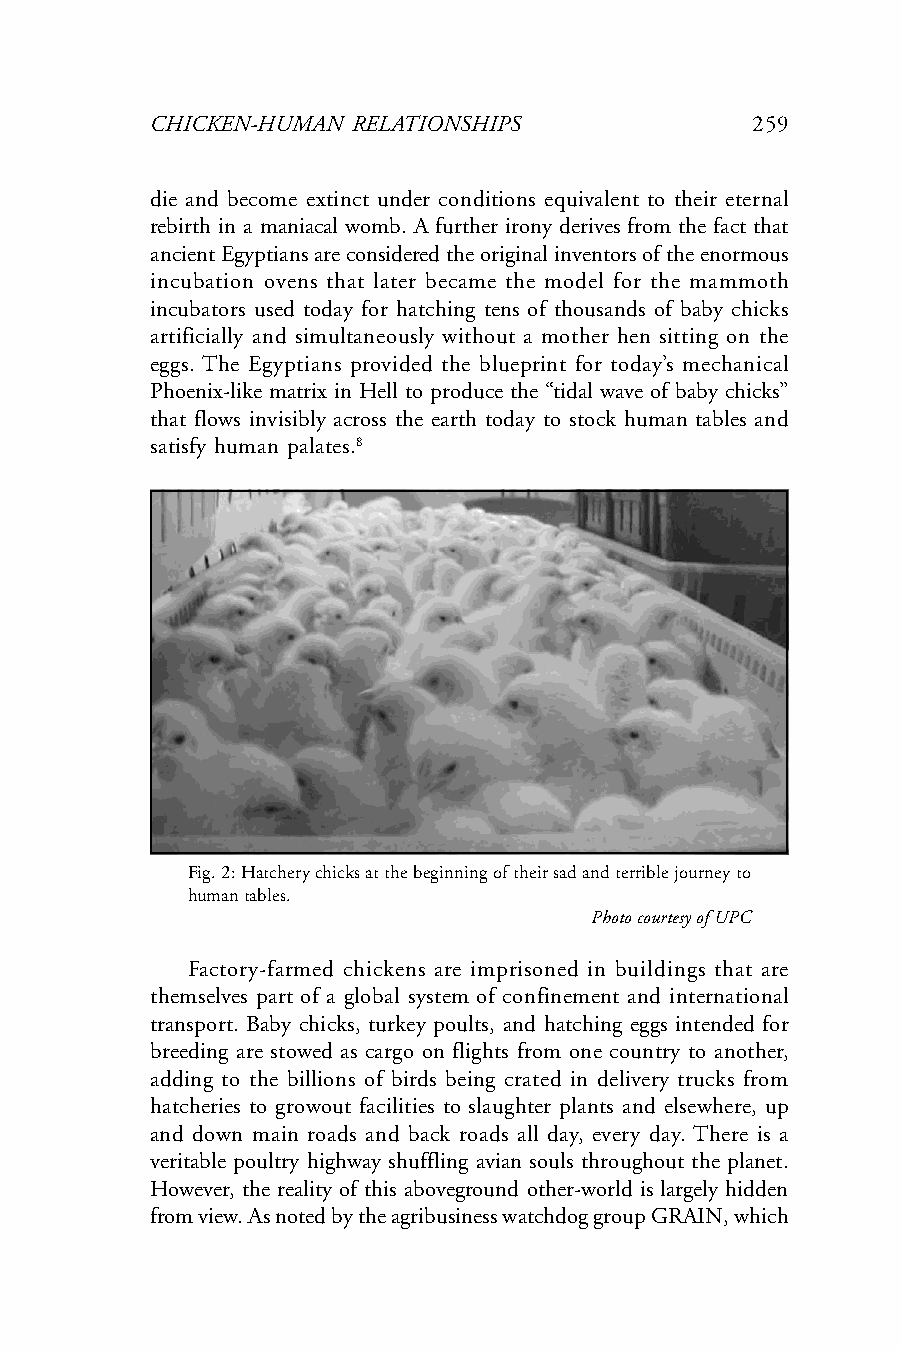
CHICKEN-HUMAN RELATIONSHIPS             259
 die and become extinct under conditions equivalent to their eternal
 rebirth in a maniacal womb. A further irony derives from the fact that
 ancient Egyptians are considered the original inventors of the enormous
 incubation ovens that later became the model for the mammoth
 incubators used today for hatching tens of thousands of baby chicks
 artificially and simultaneously without a mother hen sitting on the
 eggs. The Egyptians provided the blueprint for today’s mechanical
 Phoenix-like matrix in Hell to produce the “tidal wave of baby chicks”
 that flows invisibly across the earth today to stock human tables and
 satisfy human palates.8
 Fig. 2: Hatchery chicks at the beginning of their sad and terrible journey to
 human tables.
 Photo courtesy of UPC
 Factory-farmed chickens are imprisoned in buildings that are
 themselves part of a global system of confinement and international
 transport. Baby chicks, turkey poults, and hatching eggs intended for
 breeding are stowed as cargo on flights from one country to another,
 adding to the billions of birds being crated in delivery trucks from
 hatcheries to growout facilities to slaughter plants and elsewhere, up
 and down main roads and back roads all day, every day. There is a
 veritable poultry highway shuffling avian souls throughout the planet.
 However, the reality of this aboveground other-world is largely hidden
 from view. As noted by the agribusiness watchdog group GRAIN, which